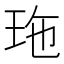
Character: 𤤩